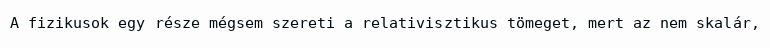
A fizikusok egy része mégsem szereti a relativisztikus tömeget, mert az nem skalár,